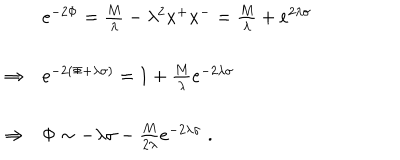
\begin{array} { l l } { { \ } } & { { e ^ { - 2 \Phi } = { \frac { M } { \lambda } } - \lambda ^ { 2 } x ^ { + } x ^ { - } = { \frac { M } { \lambda } } + e ^ { 2 \lambda \sigma } } } \\ { { \Rightarrow } } & { { e ^ { - 2 \left( \Phi + \lambda \sigma \right) } = 1 + { \frac { M } { \lambda } } e ^ { - 2 \lambda \sigma } } } \\ { { \Rightarrow } } & { { \Phi \sim - \lambda \sigma - { \frac { M } { 2 \lambda } } e ^ { - 2 \lambda \sigma } \; . } } \\ \end{array}